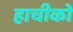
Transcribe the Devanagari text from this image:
हाचीको